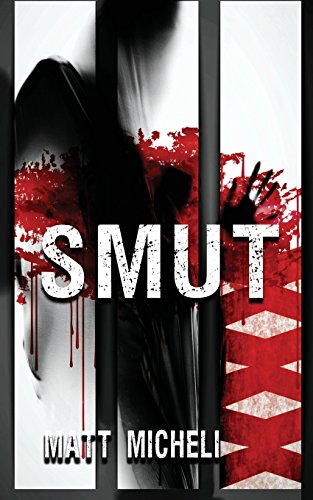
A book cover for Smut; Matt Micheli; Romance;